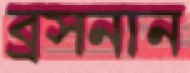
ব্রসনান